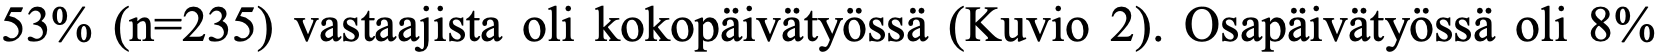
53% (n=235) vastaajista oli kokopäivätyössä (Kuvio 2). Osapäivätyössä oli 8%